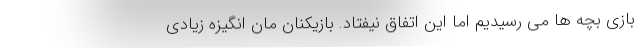
بازی بچه ها می رسیدیم اما این اتفاق نیفتاد. بازیکنان مان انگیزه زیادی